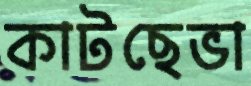
কাটছেভা